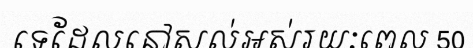
ទេដែលនៅសល់អស់រយៈពេល 50